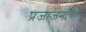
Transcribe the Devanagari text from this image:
प्रजाजनांचा